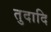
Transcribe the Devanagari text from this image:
तुदादि